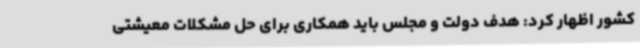
کشور اظهار کرد: هدف دولت و مجلس باید همکاری برای حل مشکلات معیشتی